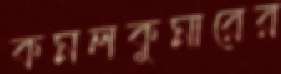
কমলকুমারের